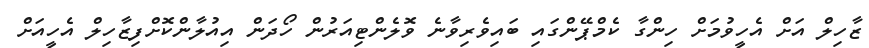
ޒާހިލް އަށް އެހީވުމަށް ހިންގާ ކެމްޕޭންގައި ބައިވެރިވާނެ ވޮލެންޓިއަރުން ހޯދަން އިއުލާންކޮށްފިޒާހިލް އެހީއަށް